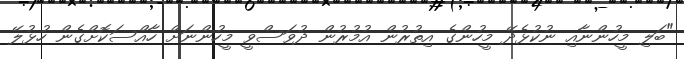
"ބަލި މީހުންނާއި ނުކުޅެދޭ މީހުންގެ އިތުރުން އުމުރުން ދުވަސްވީ މީހުންނަށް ހާއްސަކޮށްގެން ހުޅުލޭ